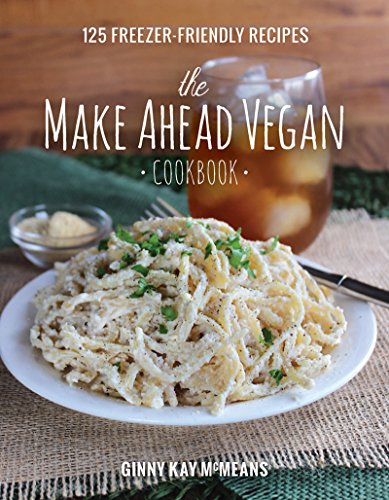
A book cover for The Make Ahead Vegan Cookbook: 125 Freezer-Friendly Recipes; Ginny Kay McMeans; Cookbooks, Food & Wine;